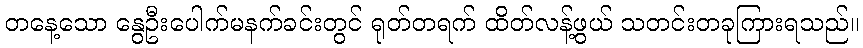
တနေ့သော နွေဦးပေါက်မနက်ခင်းတွင် ရုတ်တရက် ထိတ်လန့်ဖွယ် သတင်းတခုကြားရသည်။